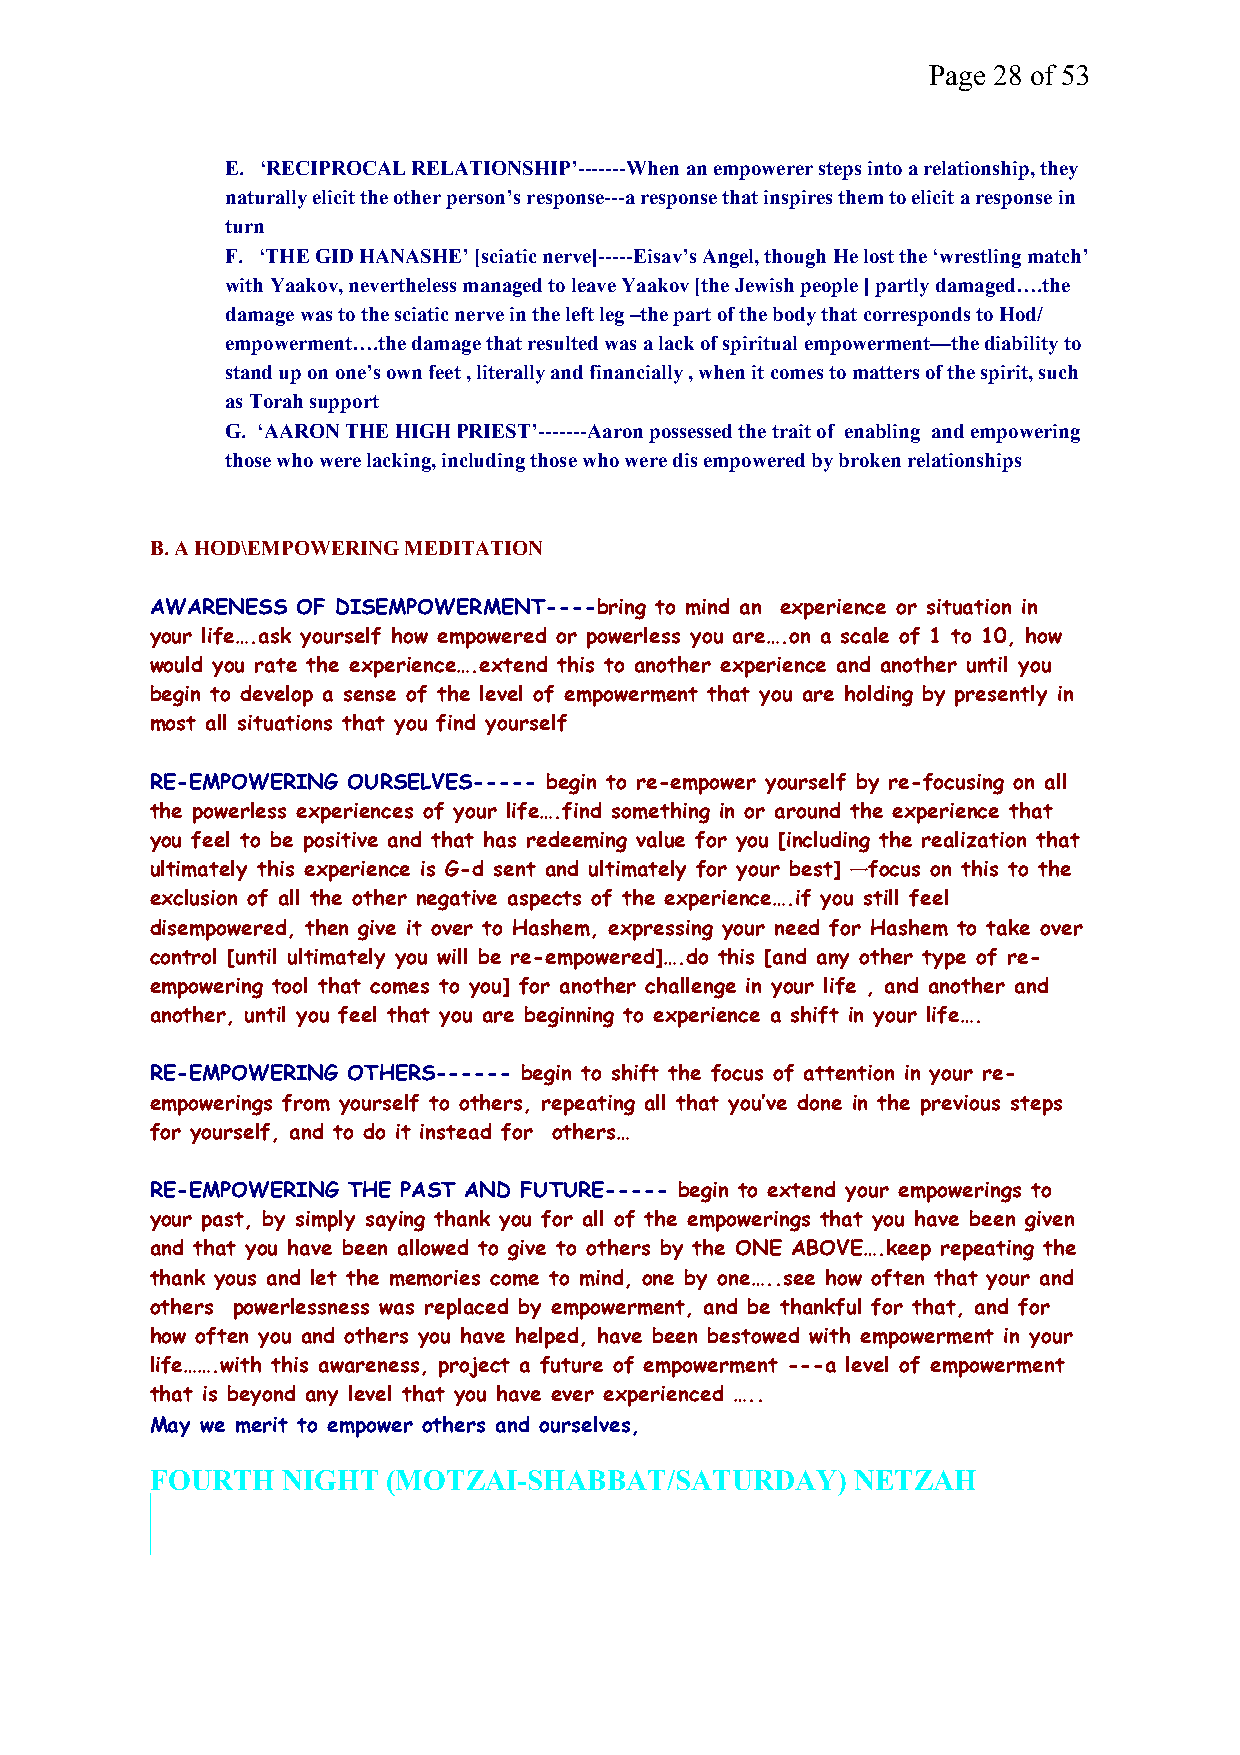
Page 28 of 53
 E. ‘RECIPROCAL RELATIONSHIP’-------When an empowerer steps into a relationship, they
 naturally elicit the other person’s response---a response that inspires them to elicit a response in
 turn
 F. ‘THE GID HANASHE’ [sciatic nerve]-----Eisav’s Angel, though He lost the ‘wrestling match’
 with Yaakov, nevertheless managed to leave Yaakov [the Jewish people ] partly damaged….the
 damage was to the sciatic nerve in the left leg –the part of the body that corresponds to Hod/
 empowerment….the damage that resulted was a lack of spiritual empowerment—the diability to
 stand up on one’s own feet , literally and financially , when it comes to matters of the spirit, such
 as Torah support
 G. ‘AARON THE HIGH PRIEST’-------Aaron possessed the trait of enabling and empowering
 those who were lacking, including those who were dis empowered by broken relationships
 B. A HOD\EMPOWERING MEDITATION
 AWARENESS OF DISEMPOWERMENT----bring to mind an experience or situation in
 your life….ask yourself how empowered or powerless you are….on a scale of 1 to 10, how
 would you rate the experience….extend this to another experience and another until you
 begin to develop a sense of the level of empowerment that you are holding by presently in
 most all situations that you find yourself
 RE-EMPOWERING OURSELVES----- begin to re-empower yourself by re-focusing on all
 the powerless experiences of your life….find something in or around the experience that
 you feel to be positive and that has redeeming value for you [including the realization that
 ultimately this experience is G-d sent and ultimately for your best] —focus on this to the
 exclusion of all the other negative aspects of the experience….if you still feel
 disempowered, then give it over to Hashem, expressing your need for Hashem to take over
 control [until ultimately you will be re-empowered]….do this [and any other type of re-
 empowering tool that comes to you] for another challenge in your life , and another and
 another, until you feel that you are beginning to experience a shift in your life….
 RE-EMPOWERING OTHERS------ begin to shift the focus of attention in your re-
 empowerings from yourself to others, repeating all that you’ve done in the previous steps
 for yourself, and to do it instead for others…
 RE-EMPOWERING THE PAST AND FUTURE----- begin to extend your empowerings to
 your past, by simply saying thank you for all of the empowerings that you have been given
 and that you have been allowed to give to others by the ONE ABOVE….keep repeating the
 thank yous and let the memories come to mind, one by one…..see how often that your and
 others powerlessness was replaced by empowerment, and be thankful for that, and for
 how often you and others you have helped, have been bestowed with empowerment in your
 life…….with this awareness, project a future of empowerment ---a level of empowerment
 that is beyond any level that you have ever experienced …..
 May we merit to empower others and ourselves,
 FOURTH   NIGHT  (MOTZAI-SHABBAT/SATURDAY)      NETZAH